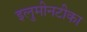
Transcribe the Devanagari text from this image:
इलुमीनटीका